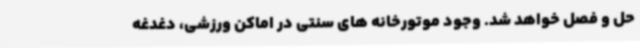
حل و فصل خواهد شد. وجود موتورخانه های سنتی در اماکن ورزشی، دغدغه